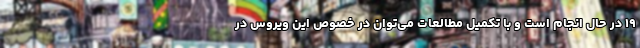
۱۹ در حال انجام است و با تکمیل مطالعات می‌توان در خصوص این ویروس در